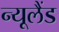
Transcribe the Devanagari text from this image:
न्‍यूलैंड